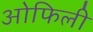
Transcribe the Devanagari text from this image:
ओफिली